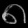
Digit: ၈